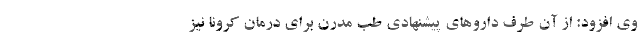
وی افزود: از آن طرف داروهای پیشنهادی طب مدرن برای درمان کرونا نیز